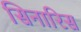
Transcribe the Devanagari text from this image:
सिनारिस